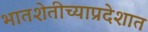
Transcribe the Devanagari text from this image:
भातशेतीच्याप्रदेशात